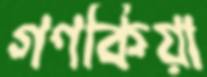
গণকিয়া